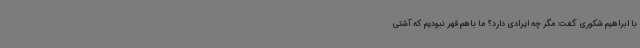
با ابراهیم شکوری گفت: مگر چه ایرادی دارد؟ ما باهم قهر نبودیم که آشتی